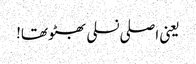
یعنی اصلی نسلی بھٹو تھا!